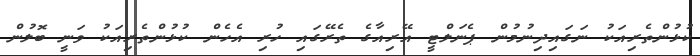
ކުޅުންތެރިއަކު ނަގައިދިނުމުން ޕެނަލްޓީ އޭރިއާގެ ތެރޭގައި ހުރި އެހެން ކުޅުންތެރިއަކު ވަނީ ބޮލުން